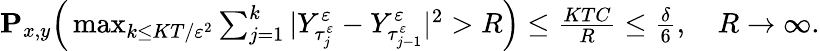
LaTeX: \begin{array}{r}{\mathbf{P}_{x,y}\Big(\operatorname*{max}_{k\leq KT/\varepsilon^{2}}\sum_{j=1}^{k}|Y_{\tau_{j}^{\varepsilon}}^{\varepsilon}-Y_{\tau_{j-1}^{\varepsilon}}^{\varepsilon}|^{2}>R\Big)\leq\frac{KTC}{R}\leq\frac{\delta}{6},\quad R\to\infty.}\end{array}